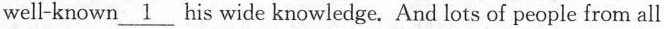
well-known \underline{1} his wide knowledge. And lots of people from all